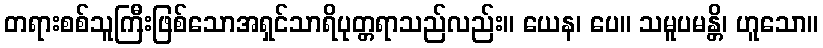
တရားစစ်သူကြီးဖြစ်သောအရှင်သာရိပုတ္တရာသည်လည်း။ ယေန၊ ပေ။ သမူပမန္တိ၊ ဟူသော။